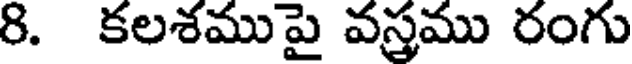
8. కలశముపై వస్త్రము రంగు